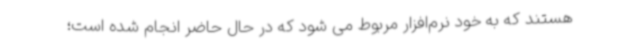
هستند که به خود نرم‌افزار مربوط می شود که در حال حاضر انجام‌ شده است؛